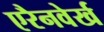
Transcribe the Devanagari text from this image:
एरैनवेर्ख